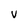
Character: v